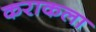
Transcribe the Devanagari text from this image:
कराकला